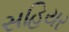
સહિયર